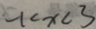
- 1 < x < 3